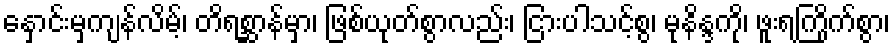
နှောင်းမှကျန်လိမ့်၊ တိရစ္ဆာန်မှာ၊ ဖြစ်ယုတ်စွာလည်း၊ ငြားပါသင့်စွ၊ မုနိန္ဒကို၊ ဖူးရကြိုက်စွာ၊